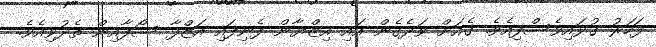
ފަހަރު ގުޅައިވެސްފިއެވެ. ގެއަށް ވަދެގެން އައި އިޒްޔާން ފެނިފައި އަޒްފާ ސޯފާއިން ތެދުވިއެވެ.